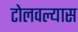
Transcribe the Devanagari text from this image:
टोलवल्यास